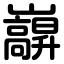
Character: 巐